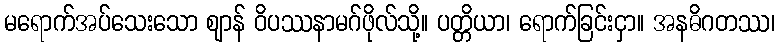
မရောက်အပ်သေးသော ဈာန် ဝိပဿနာမဂ်ဖိုလ်သို့။ ပတ္တိယာ၊ ရောက်ခြင်းငှာ။ အနဓိဂတဿ၊